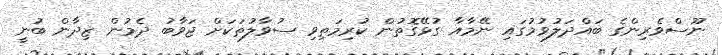
ނޫސްވެރިންގެ ބައްދަލުވުމުގައި ނޭމާއާ ގުޅޭގޮތުން ކުރިމަތިވި ސުވާލުތަކަށް ޖަވާބު ދެމުން ޒިދާން ބުނީ